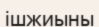
ішжиыны